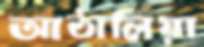
আঠালিয়া